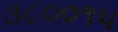
૩૮૦૦૧૫